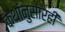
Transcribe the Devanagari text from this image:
कथांनुसारही